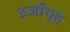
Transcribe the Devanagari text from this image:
उर्जागृह